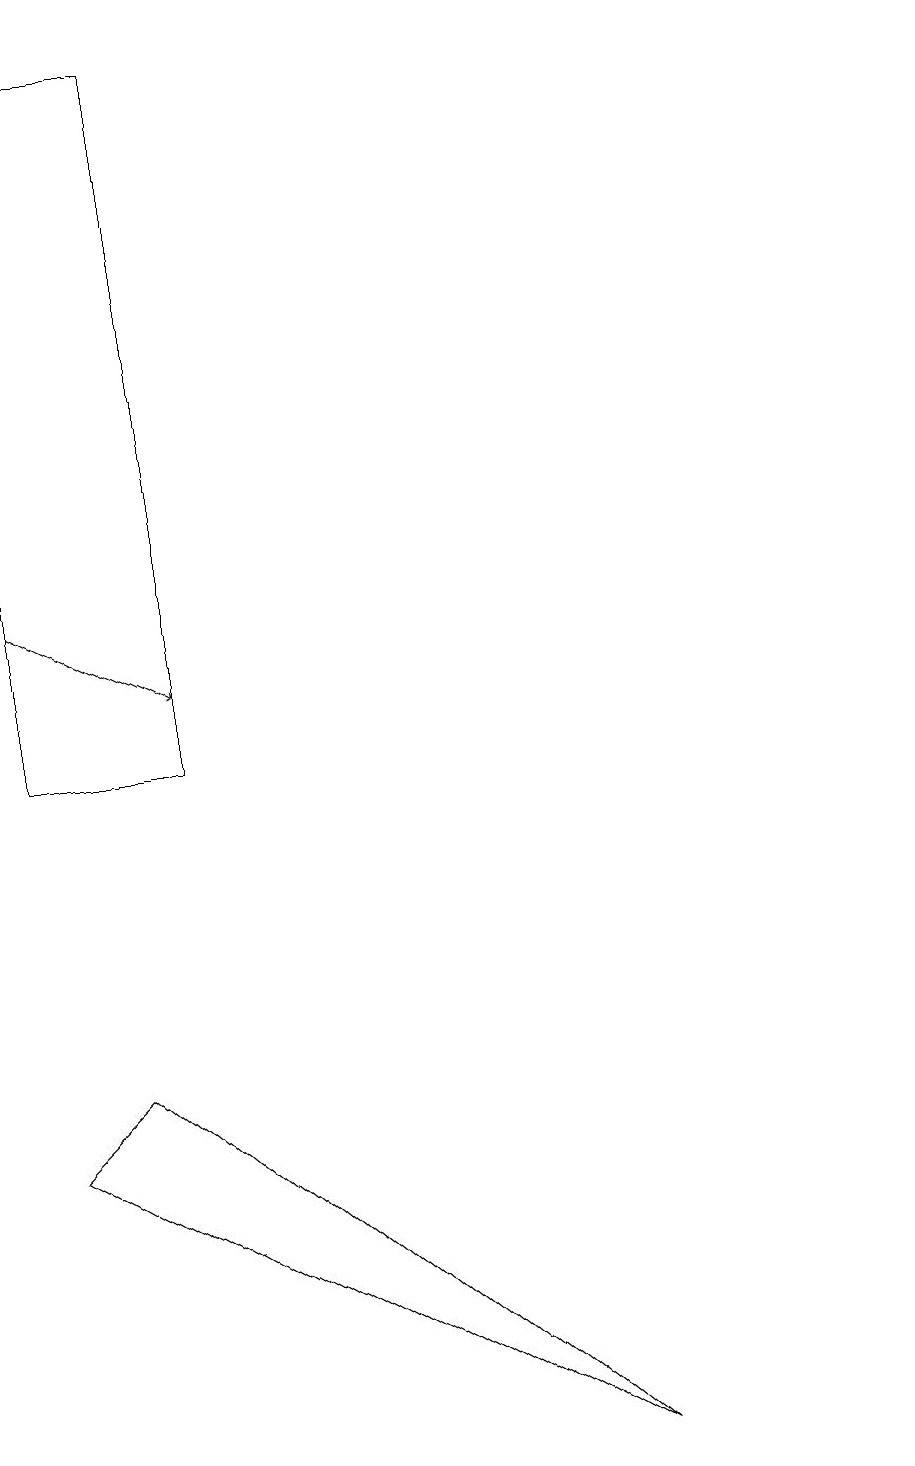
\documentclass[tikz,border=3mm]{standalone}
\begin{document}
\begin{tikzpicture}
\draw (11,11) circle (0);
\draw (1,6) -- (0,5) -- (7,1) -- cycle;
\draw[->] (0,12) -- (2,11);
\draw (2,19) rectangle (0,10);
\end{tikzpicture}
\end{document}